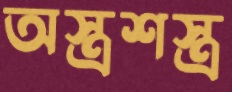
অস্ত্রশস্ত্র